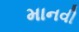
માનવી